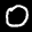
Label: 0